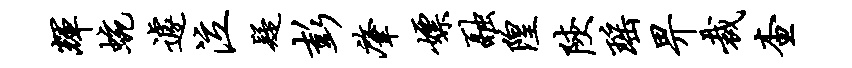
辉蜿遽泣疑彭肇嫖融隍陕瑶畀裁查